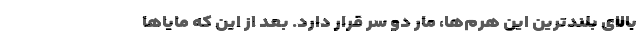
بالای بلندترین این هرم‌ها، مار دو سر قرار دارد. بعد از این که مایاها